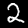
Label: 2